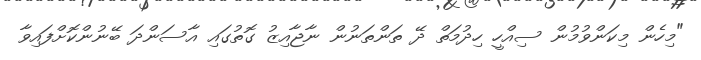
"މިހެން މިކަންވުމުން ސިއްހީ ހިދުމަތް ދޭ ތަންތަނުން ނާޖާއިޒު ގޮތުގައި އާސަންދަ ބޭނުންކޮށްފައިވާ